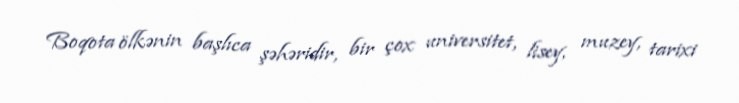
Boqota ölkənin başlıca şəhəridir, bir çox universitet, lisey, muzey, tarixi